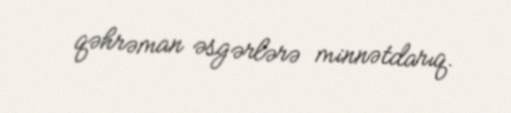
qəhrəman əsgərlərə minnətdarıq.